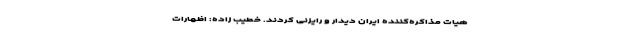
هیات مذاکره‌کننده ایران دیدار و رایزنی کردند. خطیب زاده: اظهارات